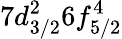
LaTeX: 7d_{3/2}^{2}6f_{5/2}^{4}